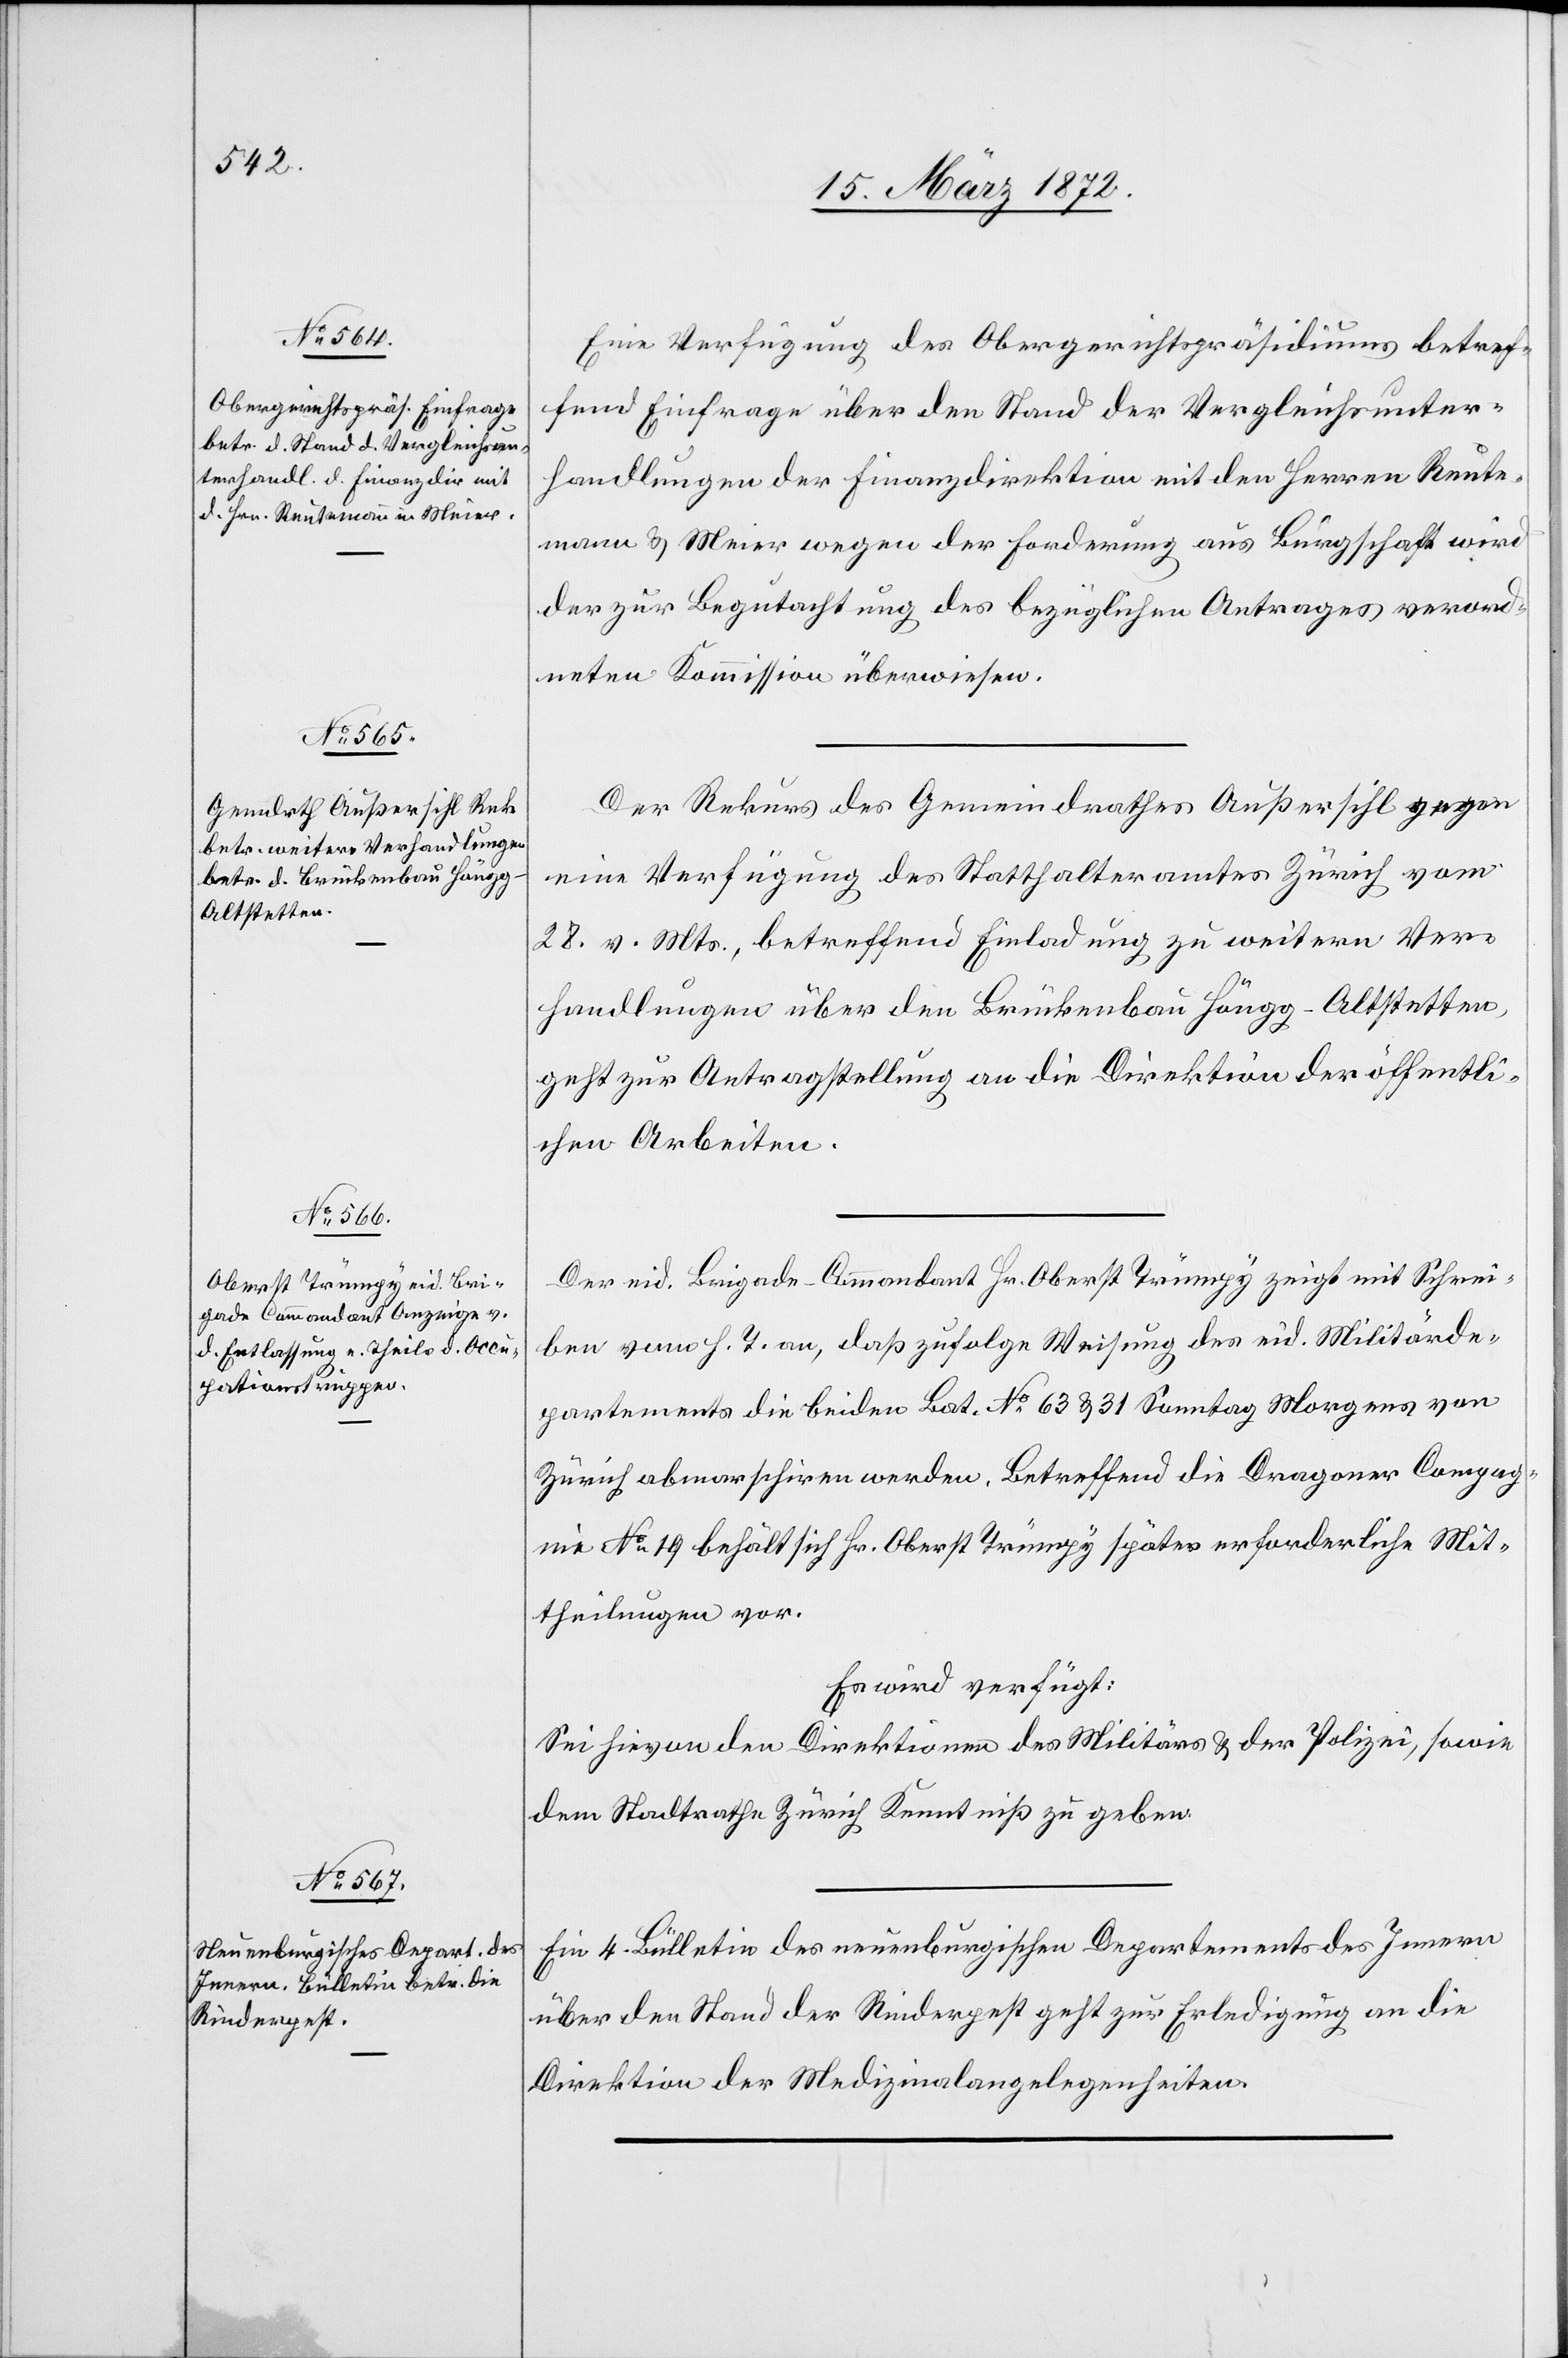
17. März 1871.]
Eine Verfügung des Obergerichtspräsidiums betref¬
fend Einfrage über den Stand der Vergleichsunter¬
handlungen der Finanzdirektion mit den Herren Reute¬
mann u. Meier wegen der Forderung aus Bürgschaft wird
der zur Begutachtung des bezüglichen Antrages verord¬
neten Kommission überwiesen.
Der Rekurs des Gemeindrathes Außersihl gegen
eine Verfügung des Statthalteramtes Zürich vom
28. v. Mts., betreffend Einladung zu weitern Ver¬
handlungen über den Brückenbau Höngg-Altstetten,
geht zur Antragstellung an die Direktion der öff.
Der eid. Brigade-Commandant Hr. Oberst Trümpy zeigt mit Schrei¬
ben vom h. T. an, daß zufolge Weisung des eid. Militärde¬
partements die beiden Bat. No. 63 u. 31 Sonntag Morgens von
Zürich abmarschiren werden. Betreffend die Dragoner Compag¬
nie No. 19 behält sich Hr. Oberst Trümpy später erforderliche Mit¬
theilung vor.
Es wird verfügt:
Sei hievon den Direktionen des Militärs u. der Polizei, sowie
dem Stadtrathe Zürich Kenntniß zu geben.
Ein 4. Bülletin des neuenburgischen Departements des Innern
über den Stand der Rinderpest geht zur Erledigung an die
Direktion der Medizinalangelegenheiten.